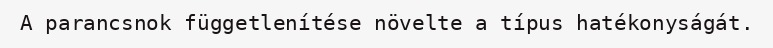
A parancsnok függetlenítése növelte a típus hatékonyságát.